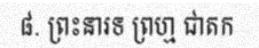
៨. ព្រះនារទ ព្រហ្ម ជាតក